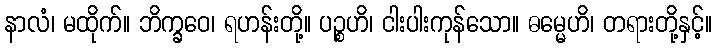
နာလံ၊ မထိုက်။ ဘိက္ခဝေ၊ ရဟန်းတို့။ ပဉ္စဟိ၊ ငါးပါးကုန်သော။ ဓမ္မေဟိ၊ တရားတို့နှင့်။